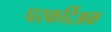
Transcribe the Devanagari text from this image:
परकर्दिअक